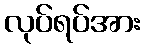
လုပ်ရပ်အား